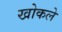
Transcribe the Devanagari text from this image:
खोकले